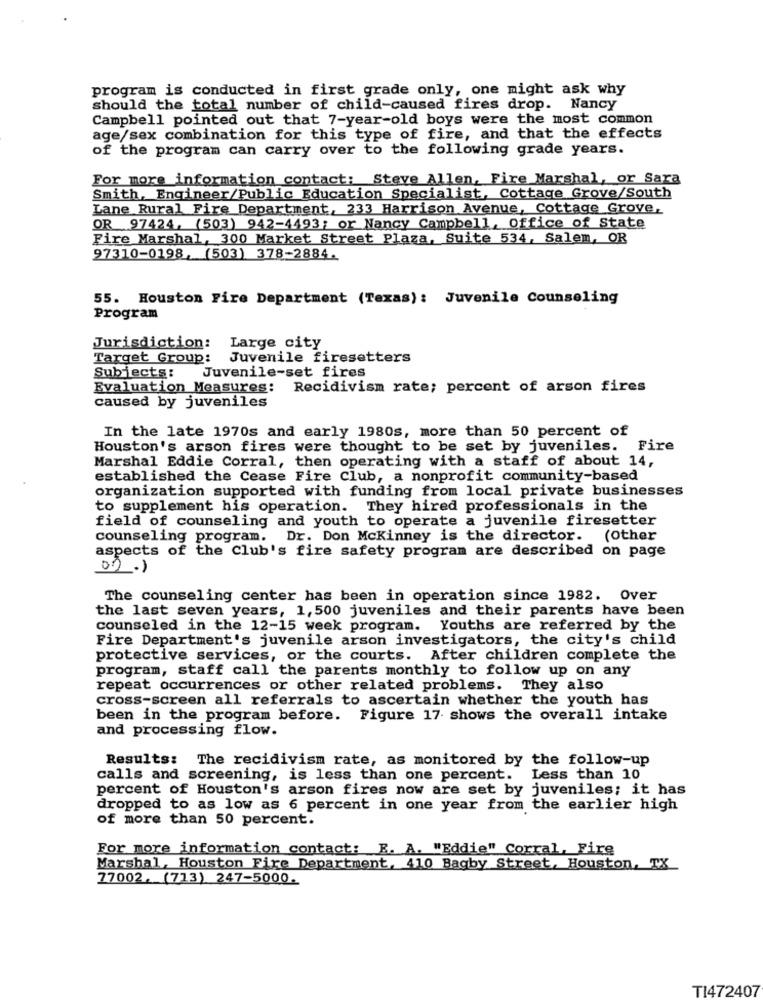
program is conducted in first grade only, one might ask why
should the total number of child-caused fires drop. Nancy
Campbell pointed out that 7-year-old boys were the most common
age/sex combination for this type of fire, and that the effects
of the program can carry over to the following grade years.
For more information contact: Steve Allen, Fire Marshal, or Sara
Smith, Engineer/Public Education Specialist, Cottage Grove/South
Lane Rural Fire Department, 233 Harrison Avenue, Cottage Grove,
OR 97424, (503) 942-4493; or Nancy Campbell, Office of State
Fire Marshal, 300 Market Street Plaza, Suite 534, Salem, OR
97310-0198, (503) 378-2884.
55. Houston Fire Department (Texas): Juvenile Counseling
Program
Jurisdiction:
Large city
Target Group: Juvenile firesetters
Subjects: Juvenile-set fires
Evaluation Measures: Recidivism rate; percent of arson fires
caused by juveniles
In the late 1970s and early 1980s, more than 50 percent of
Houston's arson fires were thought to be set by juveniles. Fire
Marshal Eddie Corral, then operating with a staff of about 14,
established the Cease Fire Club, a nonprofit community-based
organization supported with funding from local private businesses
to supplement his operation. They hired professionals in the
field of counseling and youth to operate a juvenile firesetter
counseling program. Dr. Don Mckinney is the director. (Other
aspects of the Club's fire safety program are described on page
02.1
The counseling center has been in operation since 1982. Over
the last seven years, 1, 500 juveniles and their parents have been
counseled in the 12-15 week program.
Youths are referred by the
Fire Department's juvenile arson investigators, the city's child
protective services, or the courts. After children complete the
program, staff call the parents monthly to follow up on any
repeat occurrences or other related problems. They also
cross-screen all referrals to ascertain whether the youth has
been in the program before. Figure 17 shows the overall intake
and processing flow.
Results: The recidivism rate, as monitored by the follow-up
calls and screening, is less than one percent. Less than 10
percent of Houston's arson fires now are set by juveniles; it has
dropped to as low as 6 percent in one year from the earlier high
of more than 50 percent.
For more information contact; R. A. "Eddie" Corral, Fire
Marshal, Houston Fire Department, 410 Bagby Street, Houston, TX
77002. (713) 247-5000.
TI472407